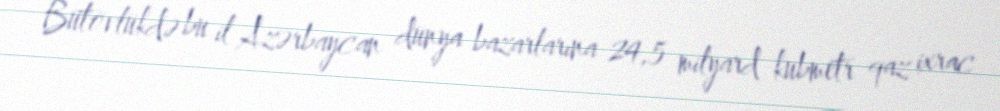
Bütövlükdə bu il Azərbaycan dünya bazarlarına 24,5 milyard kubmetr qaz ixrac